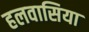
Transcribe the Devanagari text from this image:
हलवासिया